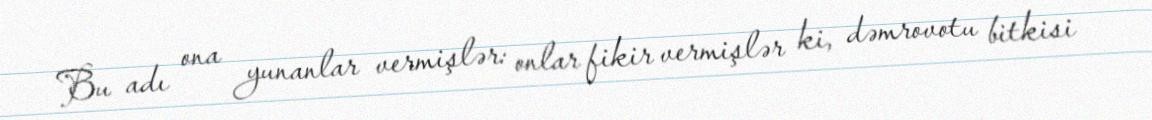
Bu adı ona yunanlar vermişlər: onlar fikir vermişlər ki, dəmrovotu bitkisi